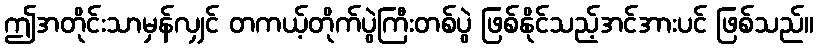
ဤအတိုင်းသာမှန်လျှင် တကယ့်တိုက်ပွဲကြီးတစ်ပွဲ ဖြစ်နိုင်သည့်အင်အားပင် ဖြစ်သည်။